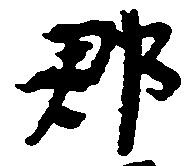
郡